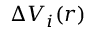
\Delta V _ { i } ( r )